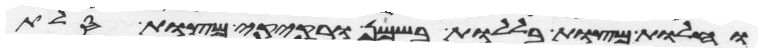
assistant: וחלות מצות בללות בשמן ורקיקי מצות סלת